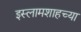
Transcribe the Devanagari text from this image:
इस्लामशाहच्या